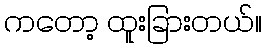
ကတော့ ထူးခြားတယ်။